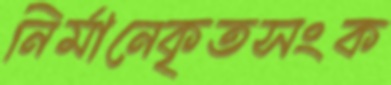
নির্মানেকৃতসংক